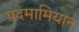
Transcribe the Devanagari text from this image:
पदमामियान